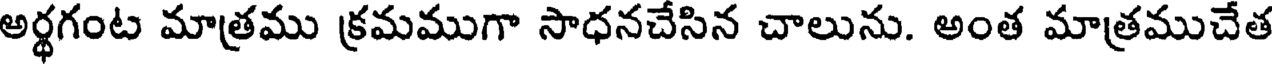
అర్థగంట మాత్రము క్రమముగా సాధనచేసిన చాలును. అంత మాత్రముచేత